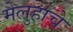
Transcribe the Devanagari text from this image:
मेलुहाचे